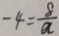
- 4 = \frac { 8 } { a }